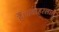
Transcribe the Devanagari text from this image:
हैं।जवाहरलाल